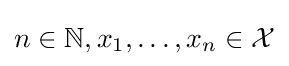
n\in \mathbb {N} ,x_{1},\dots ,x_{n}\in {\mathcal {X}}